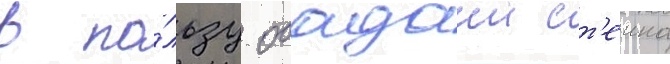
в по́льзу обадаии ст'еина